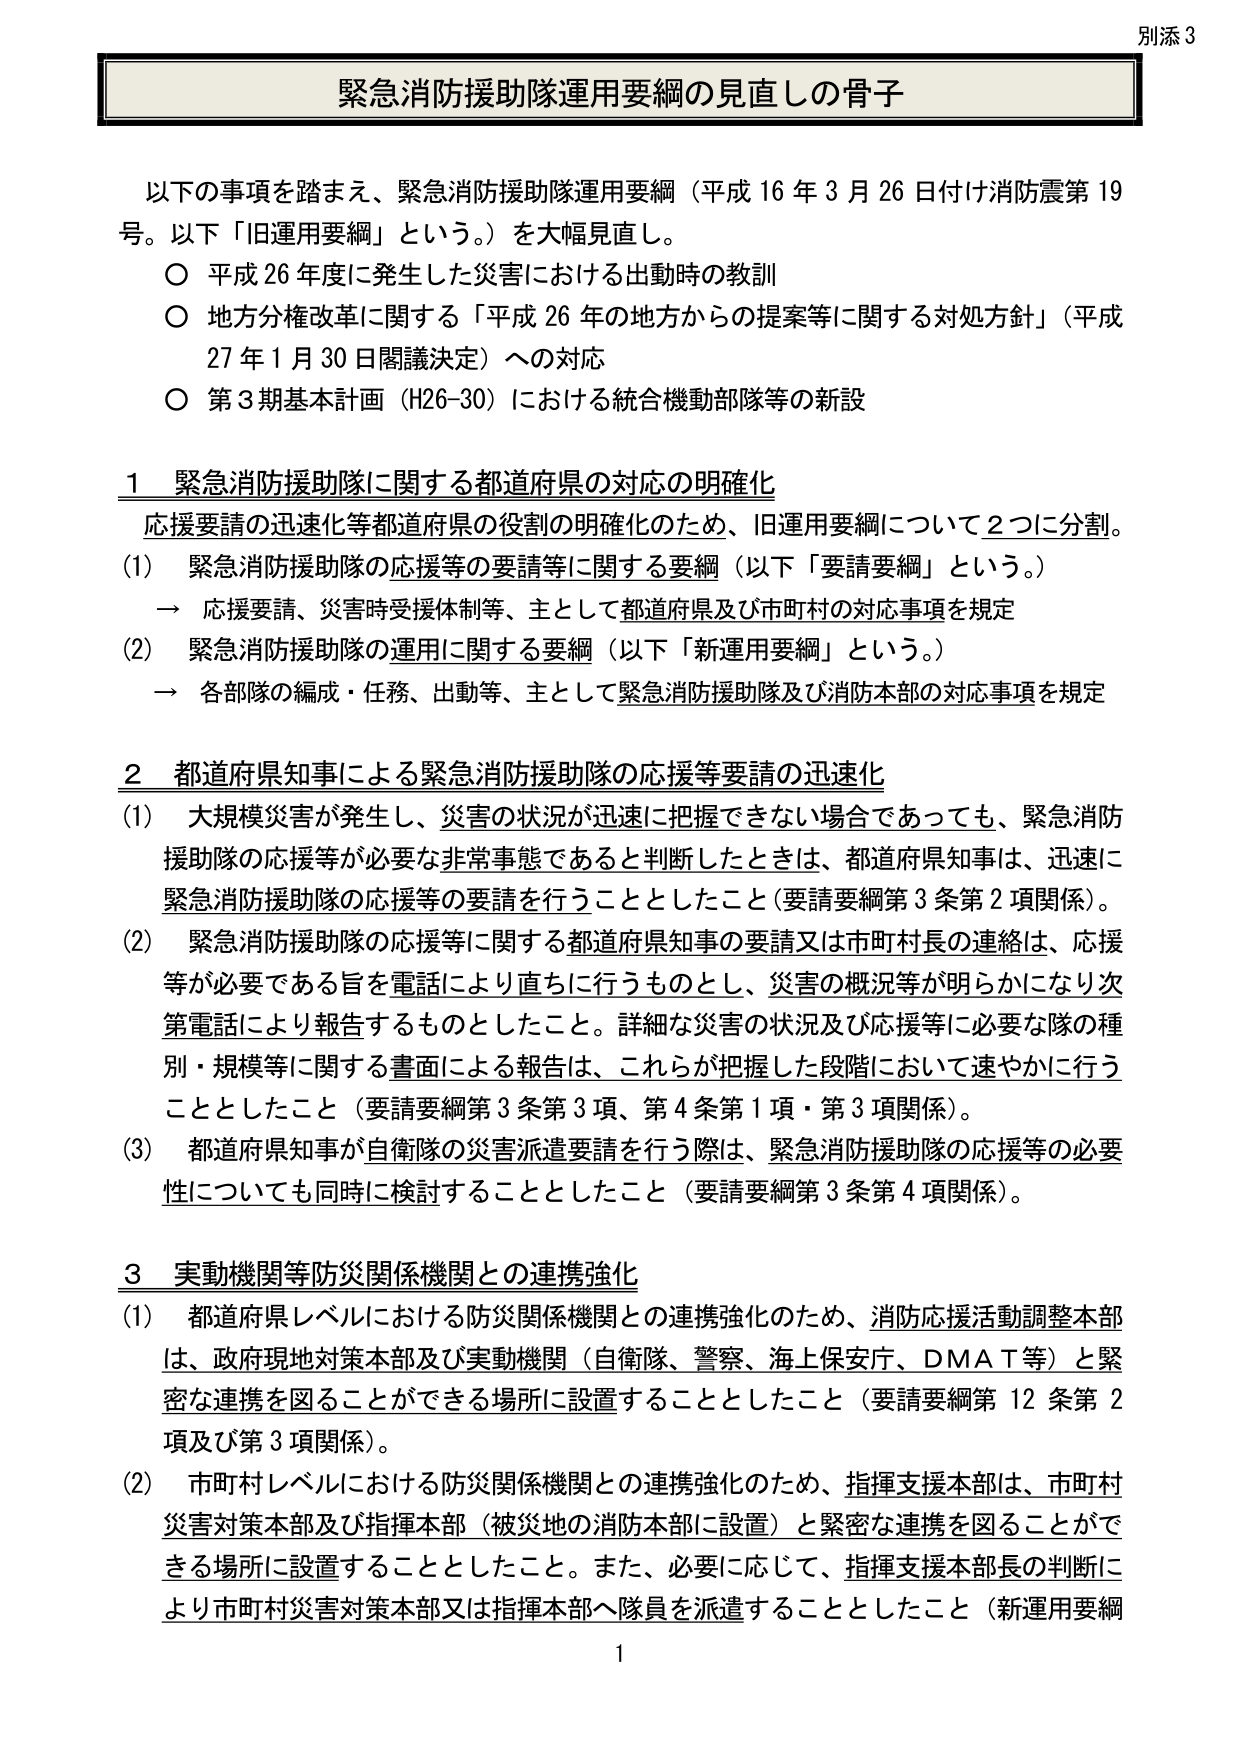
別添３

緊急消防援助隊運用要綱の見直しの骨子

以下の事項を踏まえ、緊急消防援助隊運用要綱（平成16年3月26日付け消防震第19号。以下「旧運用要綱」という。）を大幅見直し。
○ 平成26年度に発生した災害における出動時の教訓
○ 地方分権改革に関する「平成26年の地方からの提案等に関する対処方針」（平成27年1月30日閣議決定）への対応
○ 第3期基本計画（H26-30）における統合機動部隊等の新設

1 緊急消防援助隊に関する都道府県の対応の明確化
応援要請の迅速化等都道府県の役割の明確化のため、旧運用要綱について2つに分割。
(1) 緊急消防援助隊の応援等の要請等に関する要綱（以下「要請要綱」という。）
→ 応援要請、災害時受援体制等、主として都道府県及び市町村の対応事項を規定
(2) 緊急消防援助隊の運用に関する要綱（以下「新運用要綱」という。）
→ 各部隊の編成・任務、出動等、主として緊急消防援助隊及び消防本部の対応事項を規定

2 都道府県知事による緊急消防援助隊の応援等要請の迅速化
(1) 大規模災害が発生し、災害の状況が迅速に把握できない場合であっても、緊急消防援助隊の応援等が必要な非常事態であると判断したときは、都道府県知事は、迅速に緊急消防援助隊の応援等の要請を行うこととしたこと（要請要綱第3条第2項関係）。
(2) 緊急消防援助隊の応援等に関する都道府県知事の要請又は市町村長の連絡は、応援等が必要である旨を電話により直ちに行うものとし、災害の概況等が明らかになり次第電話により報告するものとしたこと。詳細な災害の状況及び応援等に必要な隊の種別・規模等に関する書面による報告は、これらが把握した段階において速やかに行うこととしたこと（要請要綱第3条第3項、第4条第1項・第3項関係）。
(3) 都道府県知事が自衛隊の災害派遣要請を行う際は、緊急消防援助隊の応援等の必要性についても同時に検討することとしたこと（要請要綱第3条第4項関係）。

3 実動機関等防災関係機関との連携強化
(1) 都道府県レベルにおける防災関係機関との連携強化のため、消防応援活動調整本部は、政府現地対策本部及び実動機関（自衛隊、警察、海上保安庁、DMAT等）と緊密な連携を図ることができる場所に設置することとしたこと（要請要綱第12条第2項及び第3項関係）。
(2) 市町村レベルにおける防災関係機関との連携強化のため、指揮支援本部は、市町村災害対策本部及び指揮本部（被災地の消防本部に設置）と緊密な連携を図ることができる場所に設置することとしたこと。また、必要に応じて、指揮支援本部長の判断により市町村災害対策本部又は指揮本部へ隊員を派遣することとしたこと（新運用要綱

1